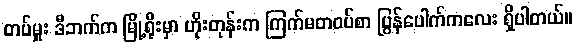
တပ်မှူး ဒီဘက်က မြို့ရိုးမှာ ဟိုးတုန်းက ကြက်မတဝပ်စာ ပြွန်ပေါက်ကလေး ရှိပါတယ်။